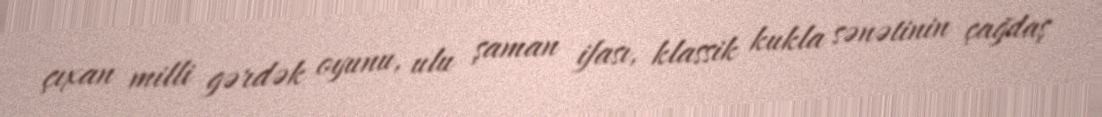
çıxan milli gərdək oyunu, ulu şaman ifası, klassik kukla sənətinin çağdaş